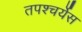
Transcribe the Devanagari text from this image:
तपश्चर्येस